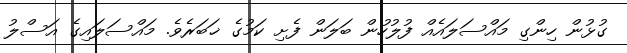
ގުޅުން ހިންގި މައްސަލައެއް ފުލުހުން ބަލަން ފެށި ކަމުގެ ޚަބަރެވެ. މައްސަލައިގެ އަސްލު